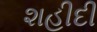
શહીદી